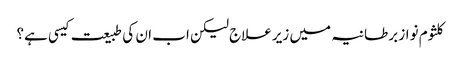
کلثوم نواز برطانیہ میں زیرعلاج لیکن اب ان کی طبیعت کیسی ہے؟